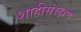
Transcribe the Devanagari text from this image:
शाहीसंरक्षण